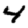
Digit: 4